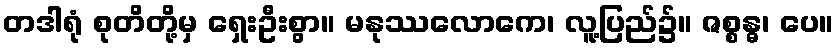
တဒါရုံ စုတိတို့မှ ရှေးဦးစွာ။ မနုဿလောကေ၊ လူ့ပြည်၌။ ဇစ္စန္ဓ၊ ပေ။